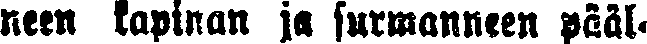
neen kapinan ja surmanneen pääl-